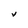
Character: V